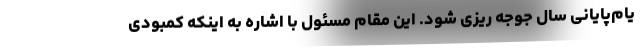
یام‌پایانی سال جوجه ریزی شود. این مقام مسئول با اشاره به اینکه کمبودی